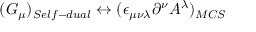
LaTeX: ( G _ { \mu } ) _ { S e l f - d u a l } \leftrightarrow ( \epsilon _ { \mu \nu \lambda } \partial ^ { \nu } A ^ { \lambda } ) _ { M C S }